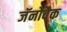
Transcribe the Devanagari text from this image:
जॅनोवैक